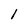
Character: 1